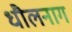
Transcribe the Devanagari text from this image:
धौलनाग